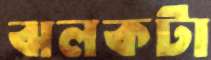
ঝলকটা